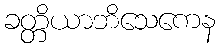
ခတ္တိယာဘိသေကေန